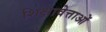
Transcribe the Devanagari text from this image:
शिक्षावेत्ताओं